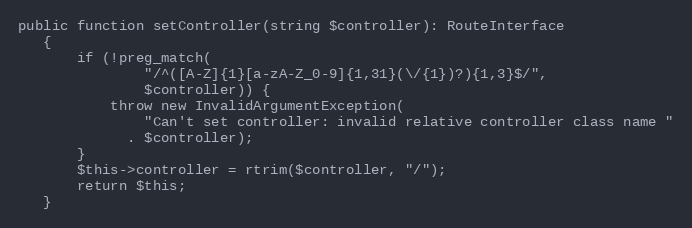
Language: PHP
public function setController(string $controller): RouteInterface
   {
       if (!preg_match(
               "/^([A-Z]{1}[a-zA-Z_0-9]{1,31}(\/{1})?){1,3}$/",
               $controller)) {
           throw new InvalidArgumentException(
               "Can't set controller: invalid relative controller class name "
             . $controller);
       }
       $this->controller = rtrim($controller, "/");
       return $this;
   }